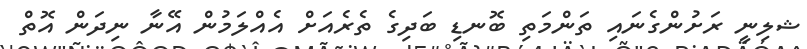
ޝލިނީ ރަށުންގެނައި ތަންމަތި ބޮނޑި ބަދިގެ ތެރެއަށް އެއްލަމުން އޭނާ ނިދަން އޮތް